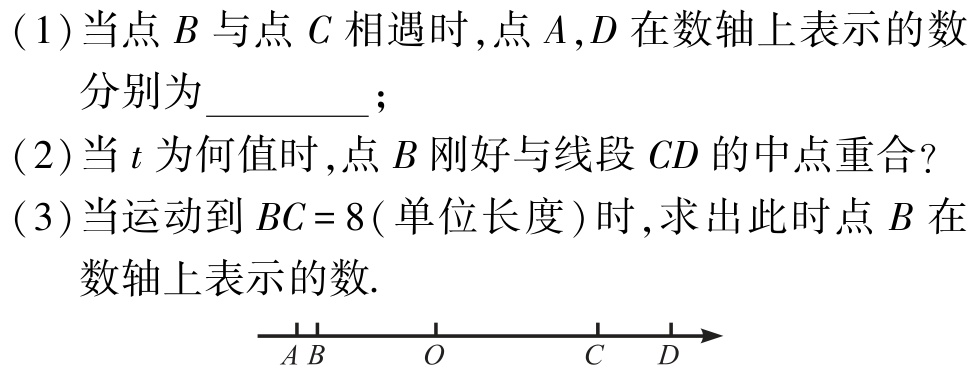
(1)当点\(B\)与点\(C\)相遇时,点\(A,D\)在数轴上表示的数分别为__________；

(2)当\(t\)为何值时,点\(B\)刚好与线段\(CD\)的中点重合?

(3)当运动到\(BC = 8(\)单位长度\()\)时,求出此时点\(B\)在数轴上表示的数.

\begin{tikzpicture}[scale=0.8]

    \draw[->] (-4,0) -- (4,0);

    \foreach \x in {-3,-2,-1,1,2,3}

        \draw (\x,0.1) -- (\x,-0.1) node[below] {$\x$};

    \node[below] at (-3,0) {$A$};

    \node[below] at (-2.5,0) {$B$};

    \node[below] at (1.5,0) {$C$};

    \node[below] at (2.5,0) {$D$};

\end{tikzpicture}